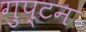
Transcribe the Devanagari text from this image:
गुप्टन